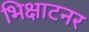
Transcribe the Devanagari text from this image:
भिक्षाटनर